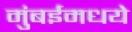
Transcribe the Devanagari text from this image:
मुंबईमधये